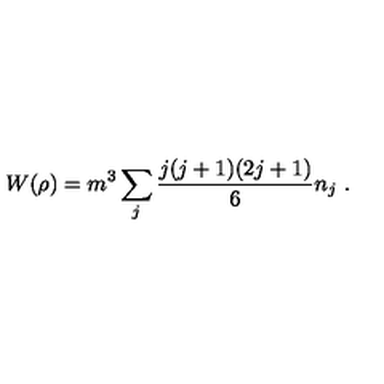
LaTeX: W { ( \rho ) } = m ^ { 3 } \sum _ { j } \frac { j ( j + 1 ) ( 2 j + 1 ) } { 6 } n _ { j } \ .